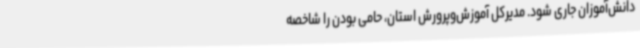
دانش‌آموزان جاری شود. مدیرکل آموزش‌وپرورش استان، حامی بودن را شاخصه